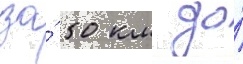
за́ 50 км до́